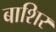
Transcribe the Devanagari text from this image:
बाशिर